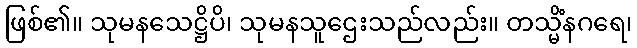
ဖြစ်၏။ သုမနသေဋ္ဌိပိ၊ သုမနသူဌေးသည်လည်း။ တသ္မိံနဂရေ၊